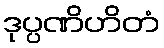
ဒုပ္ပဏိဟိတံ